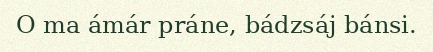
O ma ámár práne, bádzsáj bánsi.